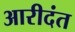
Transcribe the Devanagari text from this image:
आरीदंत